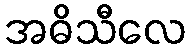
အဓိသီလေ